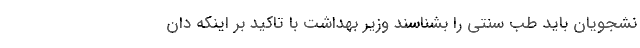
نشجویان باید طب سنتی را بشناسند وزیر بهداشت با تاکید بر اینکه دان